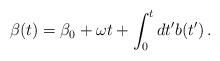
LaTeX: \begin{align*}\beta(t) = \beta_0 + \omega t + \int_0^t dt' b(t') \,.\end{align*}